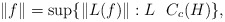
\begin{gather*}\|f\|=\sup\{\|L(f)\|: L~~C_c(H)\},\end{gather*}